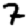
Digit: 7